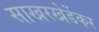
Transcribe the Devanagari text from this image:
साखरखेर्डेकर